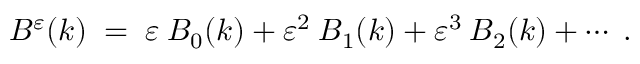
{ \cal { B } } ^ { \varepsilon } ( k ) \; = \; \varepsilon \: { \cal { B } } _ { 0 } ( k ) + \varepsilon ^ { 2 } \: { \cal { B } } _ { 1 } ( k ) + \varepsilon ^ { 3 } \: { \cal { B } } _ { 2 } ( k ) + \cdots \; .